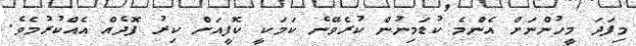
މިފަދަ މީހުންނަށް އެންމެ ކުޑަމިނުން ކުރެވޭނެ ކަމަކީ ކޮފީއަށް ކިރު ފޮދެއް އެއްކުރުމެވެ.